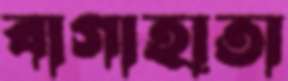
বাগাহাতা